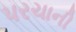
પરચાની